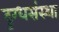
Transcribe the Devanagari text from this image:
दुग्धसंस्था